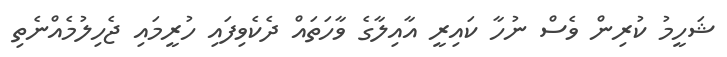
ޝަހީމު ކުރިން ވެސް ނުހާ ކައިރީ އާއިލާގެ ވާހަތައް ދެކެވިފައި ހުރީމައި ޖެހިލުމެއްނެތި